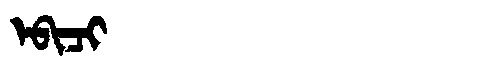
Manchu: ᡝᠪᡳᠴᡳ
Romanization: EBICI